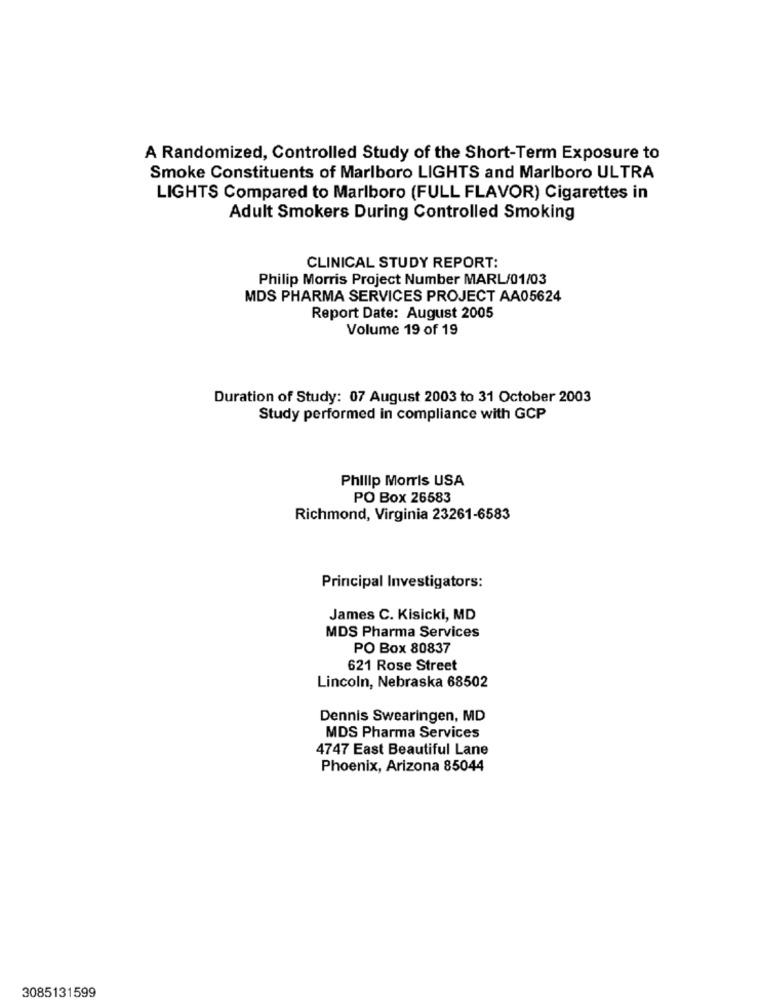
A Randomized, Controlled Study of the Short-Term Exposure to
Smoke Constituents of Marlboro LIGHTS and Marlboro ULTRA
LIGHTS Compared to Marlboro (FULL FLAVOR) Cigarettes in
Adult Smokers During Controlled Smoking
CLINICAL STUDY REPORT:
Philip Morris Project Number MARL/01/03
MDS PHARMA SERVICES PROJECT AA05624
Report Date: August 2005
Volume 19 of 19
Duration of Study: 07 August 2003 to 31 October 2003
Study performed in compliance with GCP
Philip Morris USA
PO Box 26583
Richmond, Virginia 23261-6583
Principal Investigators:
James C. Kisicki, MD
MDS Pharma Services
PO Box 80837
621 Rose Street
Lincoln, Nebraska 68502
Dennis Swearingen, MD
MDS Pharma Services
4747 East Beautiful Lane
Phoenix, Arizona 85044
3085131599